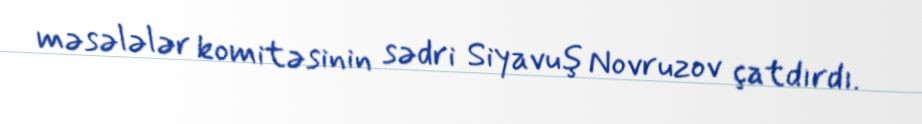
məsələlər komitəsinin sədri Siyavuş Novruzov çatdırdı.